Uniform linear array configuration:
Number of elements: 24
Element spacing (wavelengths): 1
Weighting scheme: binomial
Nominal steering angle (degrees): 60
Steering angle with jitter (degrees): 58.381
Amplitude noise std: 0.05
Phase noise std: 0.05

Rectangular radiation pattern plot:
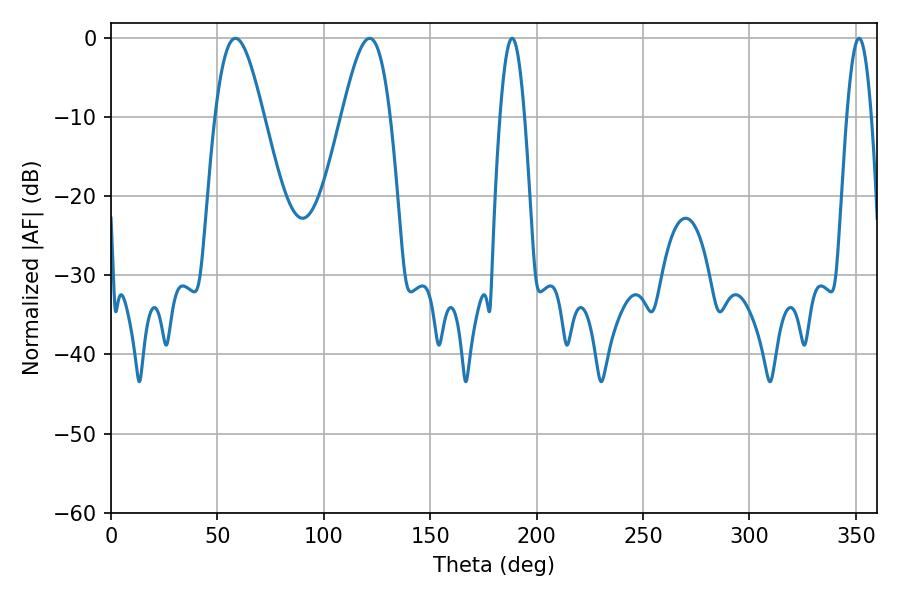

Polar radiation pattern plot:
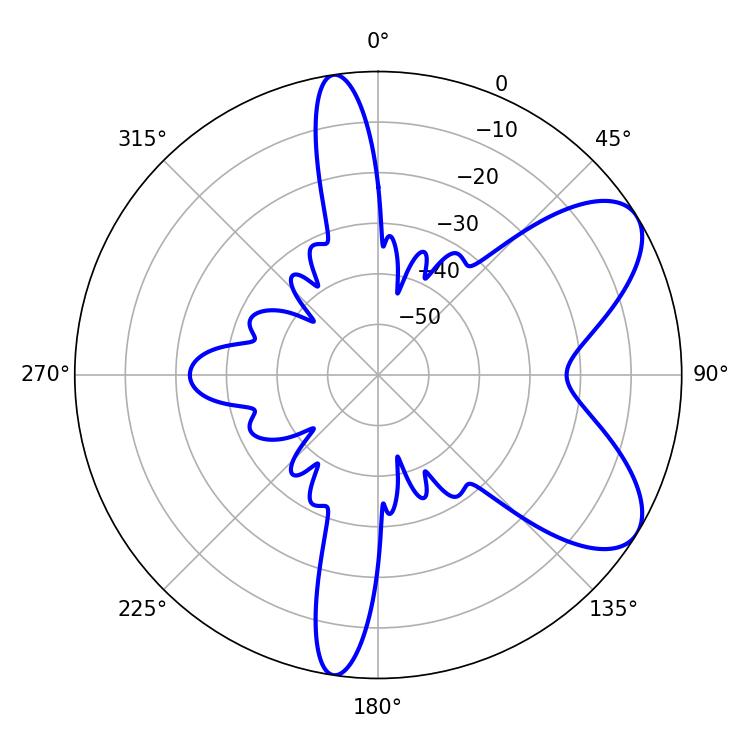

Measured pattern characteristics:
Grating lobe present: TRUE
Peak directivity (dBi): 7.347
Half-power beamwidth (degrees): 12.24
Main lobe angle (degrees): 58.5